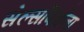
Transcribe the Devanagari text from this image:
सेल्सविक्रेता